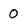
Character: 0